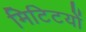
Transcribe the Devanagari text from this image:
मिटिटयों